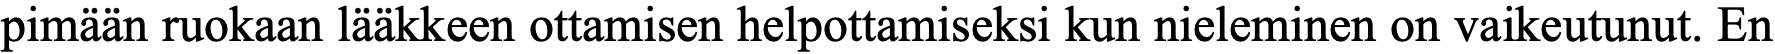
pimään ruokaan lääkkeen ottamisen helpottamiseksi kun nieleminen on vaikeutunut. En